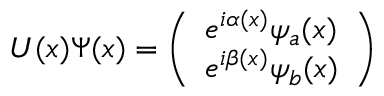
U ( x ) \Psi ( x ) = \left( \begin{array} { l } { { e ^ { i \alpha ( x ) } \psi _ { a } ( x ) } } \\ { { e ^ { i \beta ( x ) } \psi _ { b } ( x ) } } \end{array} \right)